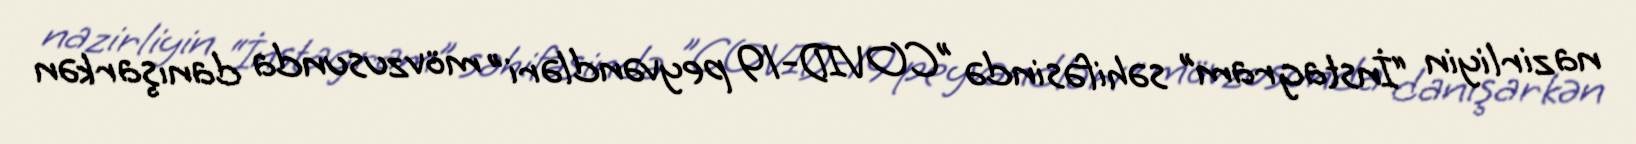
nazirliyin “İnstagram” səhifəsində "COVID-19 peyvəndləri" mövzusunda danışarkən